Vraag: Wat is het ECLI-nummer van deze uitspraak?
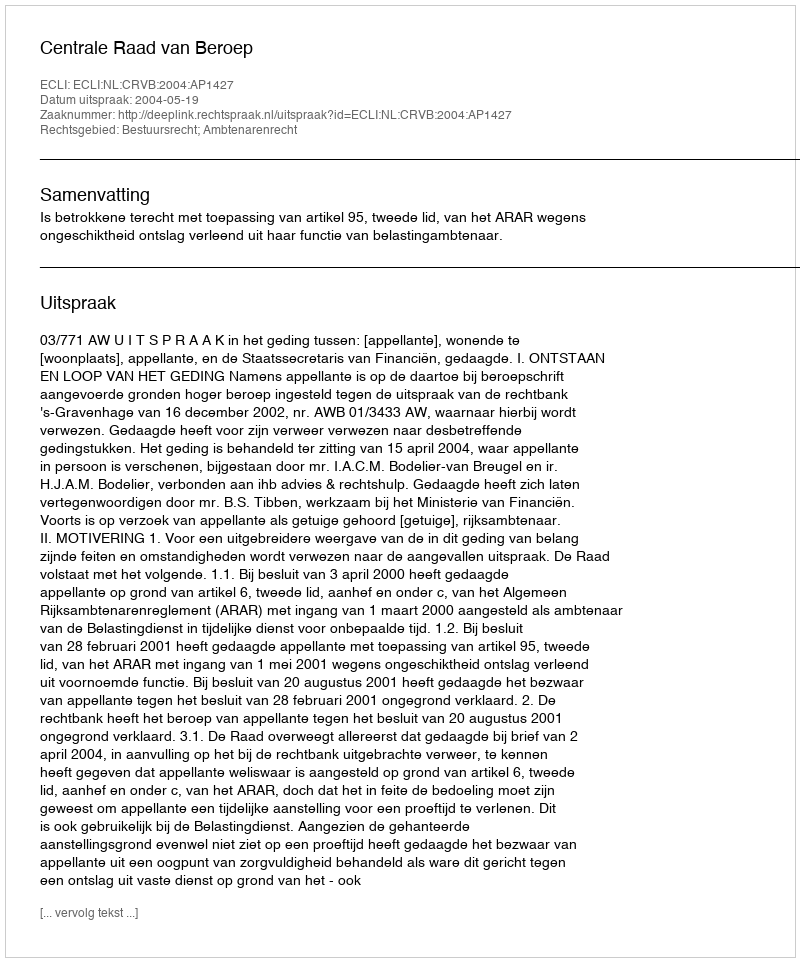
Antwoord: ECLI:NL:CRVB:2004:AP1427